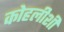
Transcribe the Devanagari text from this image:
कोहलीशी